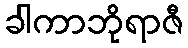
ခါကာဘိုရာဇီ